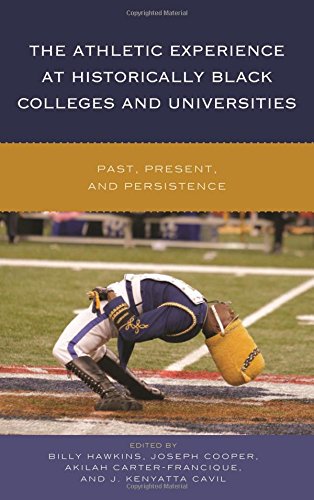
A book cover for The Athletic Experience at Historically Black Colleges and Universities: Past, Present, and Persistence; Sports & Outdoors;